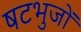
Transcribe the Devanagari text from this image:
षटभुजों